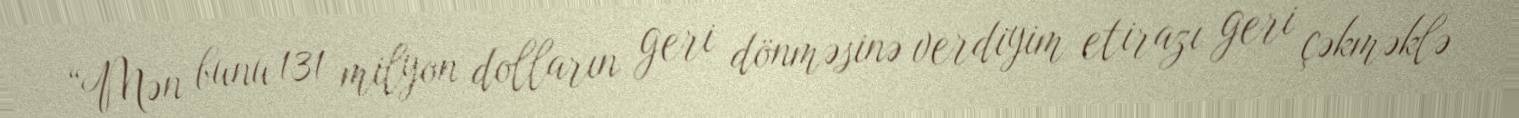
“Mən bunu 131 milyon dolların geri dönməsinə verdiyim etirazı geri çəkməklə